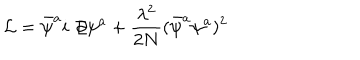
{ \cal L } = \bar { \psi } ^ { a } i \not \! \partial \psi ^ { a } + { \frac { \lambda ^ { 2 } } { 2 N } } ( \bar { \psi } ^ { a } \psi ^ { a } ) ^ { 2 }